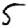
Digit: 5